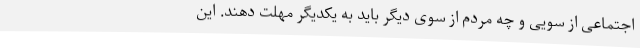
اجتماعی از سویی و چه مردم از سوی دیگر باید به یکدیگر مهلت دهند. این